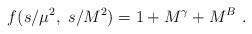
LaTeX: \begin{align*}f(s/ \mu^2,~ s/M^2) = 1 + M^{\gamma} + M^{B} ~.\end{align*}